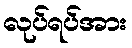
လုပ်ရပ်အား